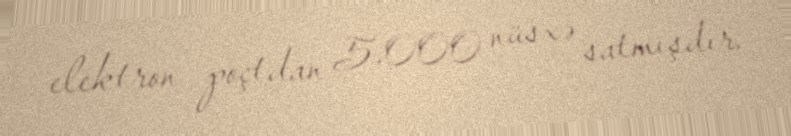
elektron poçtdan 5.000 nüsxə satmışdır.